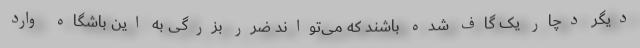
دیگر دچار یک گاف شده باشند که می‌تواند ضرر بزرگی به این باشگاه وارد